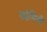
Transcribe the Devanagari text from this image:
खोमिनी